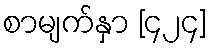
စာမျက်နှာ [၄၂၄]